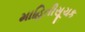
માહિતીસૂચક